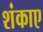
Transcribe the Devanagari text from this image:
शंकाए